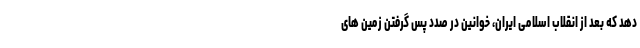
دهد که بعد از انقلاب اسلامی ایران، خوانین در صدد پس گرفتن زمین های